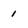
Character: 1